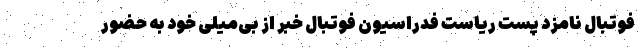
فوتبال نامزد پست ریاست فدراسیون فوتبال خبر از بی‌میلی خود به حضور